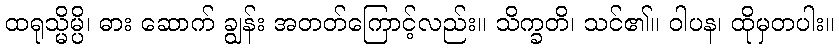
ထရုသ္မိမ္ပိ၊ ဓား ဆောက် ချွန်း အတတ်ကြောင့်လည်း။ သိက္ခတိ၊ သင်၏။ ဝါပန၊ ထိုမှတပါး။